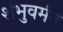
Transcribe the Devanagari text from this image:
शंभुवर्मन्